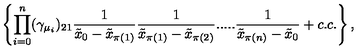
\left\{ \prod _ { i = 0 } ^ { n } ( \gamma _ { \mu _ { i } } ) _ { 2 1 } \frac { 1 } { \tilde { x } _ { 0 } - \tilde { x } _ { \pi ( 1 ) } } \frac { 1 } { \tilde { x } _ { \pi ( 1 ) } - \tilde { x } _ { \pi ( 2 ) } } . . . . . \frac { 1 } { \tilde { x } _ { \pi ( n ) } - \tilde { x } _ { 0 } } + c . c . \right\} ,